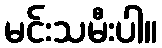
မင်းသမီးပါ။